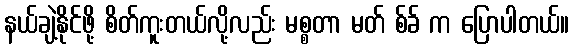
နယ်ချဲ့နိုင်ဖို့ စိတ်ကူးတယ်လို့လည်း မစ္စတာ မတ် စ်ခ် က ပြောပါတယ်။